King Institute of Preventive Medicine Micro-Biological Section reports 1909-11
Year: 1909
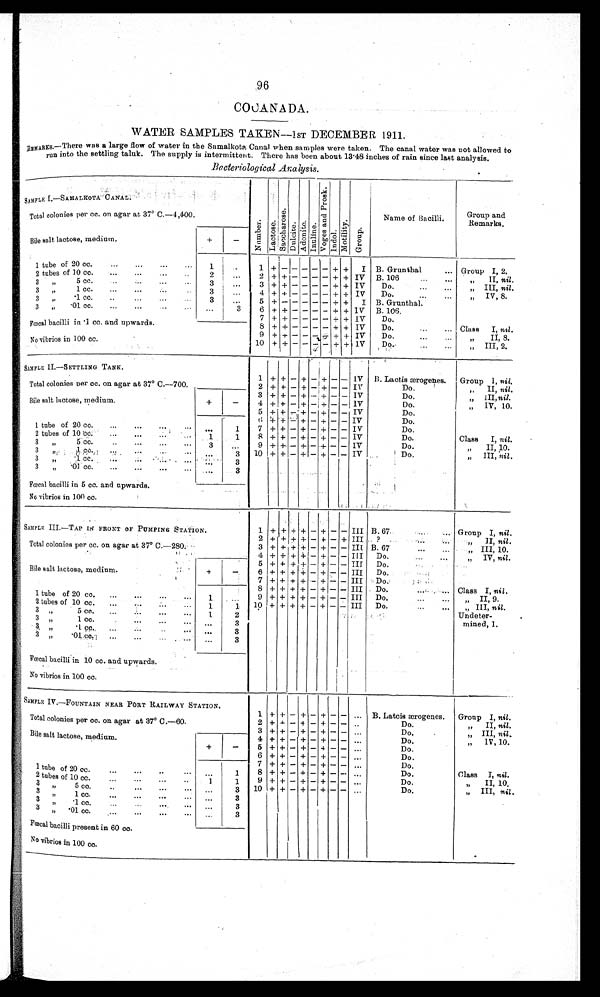
96
COCANADA.
WATER SAMPLES TAKEN—1ST DECEMBER 1911.
REMARKS.—There was a large flow of water in the Samalkota Canal when samples were taken. The canal water was not allowed to
run into the settling taluk. The supply is intermittent. There has been about 13·48 inches of rain since last analysis.
Bacteriological Analysis .